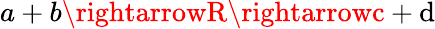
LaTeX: a+b\rightarrowR\rightarrowc+\mathrm{d}